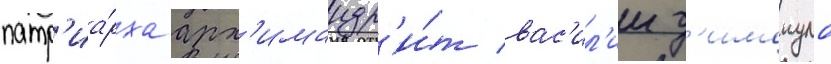
патр'иа́рха арх'имандр'и́т вас'ил'ии д'имопуло